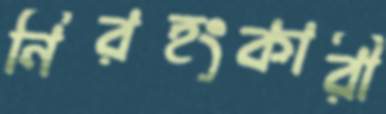
নিরহংকারী